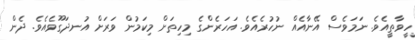
ހީވާތީއެވެ. ނަމަވެސް އޭނާއެއް ނުހުރެއެވެ. އަހަރެންގެ މިހިތަށް މިކަމުން ވަރަށް އުނދަގޫވެއެވެ. ދެން